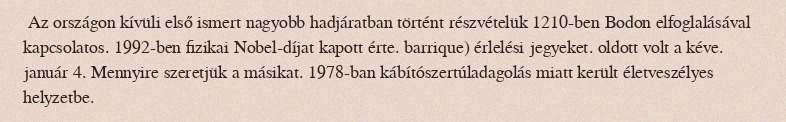
Az országon kívüli első ismert nagyobb hadjáratban történt részvételük 1210-ben Bodon elfoglalásával kapcsolatos. 1992-ben fizikai Nobel-díjat kapott érte. barrique) érlelési jegyeket. oldott volt a kéve. január 4. Mennyire szeretjük a másikat. 1978-ban kábítószertúladagolás miatt került életveszélyes helyzetbe.